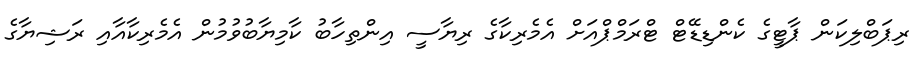
ރިޕަބްލިކަން ޕާޓީގެ ކެންޑިޑޭޓް ޓްރަމްޕްއަށް އެމެރިކާގެ ރިޔާސީ އިންތިހާބު ކާމިޔާބުވުމުން އެމެރިކާއާއި ރަޝިޔާގެ